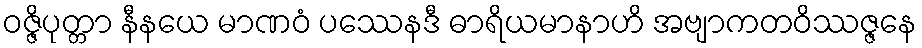
ဝဇ္ဇိပုတ္တာ နီနယေ မာဏဝံ ပဿေနဒီ ဓာရိယမာနာဟိ အဗျာကတဝိဿဇ္ဇနေ